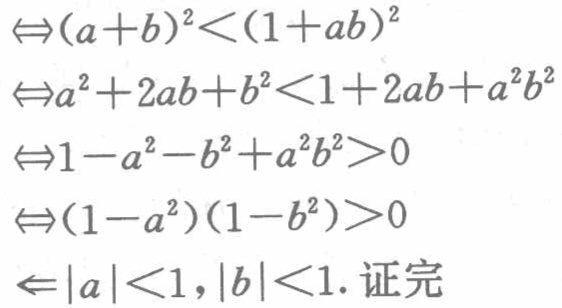
$\begin{align*}

&\Leftrightarrow(a + b)^2<(1 + ab)^2\\

&\Leftrightarrow a^2 + 2ab + b^2<1 + 2ab + a^2b^2\\

&\Leftrightarrow1 - a^2 - b^2 + a^2b^2>0\\

&\Leftrightarrow(1 - a^2)(1 - b^2)>0\\

&\Leftarrow|a|<1,|b|<1.\text{ 证完}

\end{align*}$